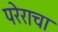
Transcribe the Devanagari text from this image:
परेराचा